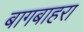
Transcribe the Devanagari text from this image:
बागबाहरा